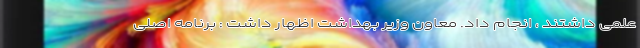
علمی داشتند ، انجام داد. معاون وزیر بهداشت اظهار داشت : برنامه اصلی